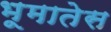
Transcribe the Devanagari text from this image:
भूमातेस